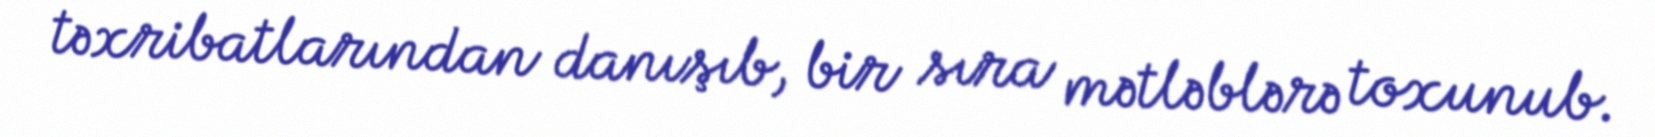
təxribatlarından danışıb, bir sıra mətləblərə toxunub.